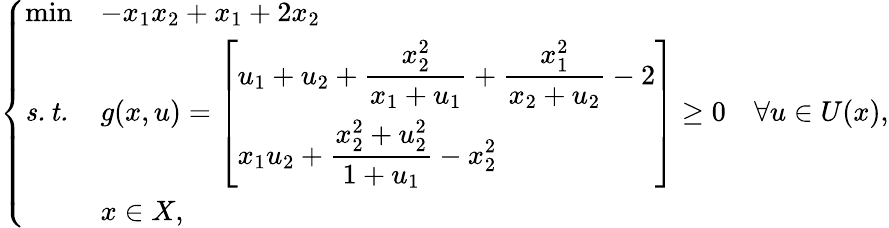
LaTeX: \left\{ \begin{array}{lll}{\operatorname*{min}}&{-x_{1}x_{2}+x_{1}+2x_{2}}\\ {\mathit{s.t.}}&{g(x,u)=\left[\begin{array}{l}{\displaystyle u_{1}+u_{2}+\frac{x_{2}^{2}}{x_{1}+u_{1}}+\frac{x_{1}^{2}}{x_{2}+u_{2}}-2}\\ {x_{1}u_{2}+\displaystyle\frac{x_{2}^{2}+u_{2}^{2}}{1+u_{1}}-x_{2}^{2}}\end{array}\right]\geq 0\quad\forall u\in U(x),}\\ &{x\in X,}\end{array}\right.